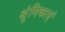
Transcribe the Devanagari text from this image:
श्रृंगिकाएं